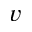
v